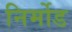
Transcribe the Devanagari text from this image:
निर्मोड